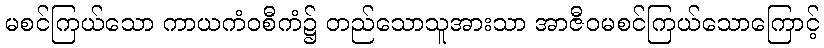
မစင်ကြယ်သော ကာယကံဝစီကံ၌ တည်သောသူအားသာ အာဇီဝမစင်ကြယ်သောကြောင့်